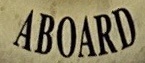
ABOARD